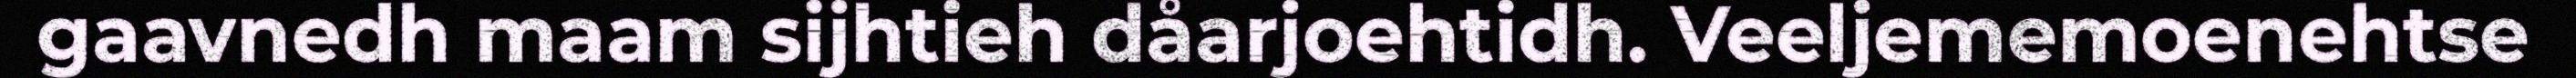
gaavnedh maam sijhtieh dåarjoehtidh. Veeljememoenehtse